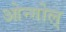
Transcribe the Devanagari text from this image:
ओन्गोल्